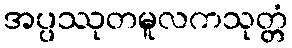
အပ္ပဿုတမူလကသုတ္တံ